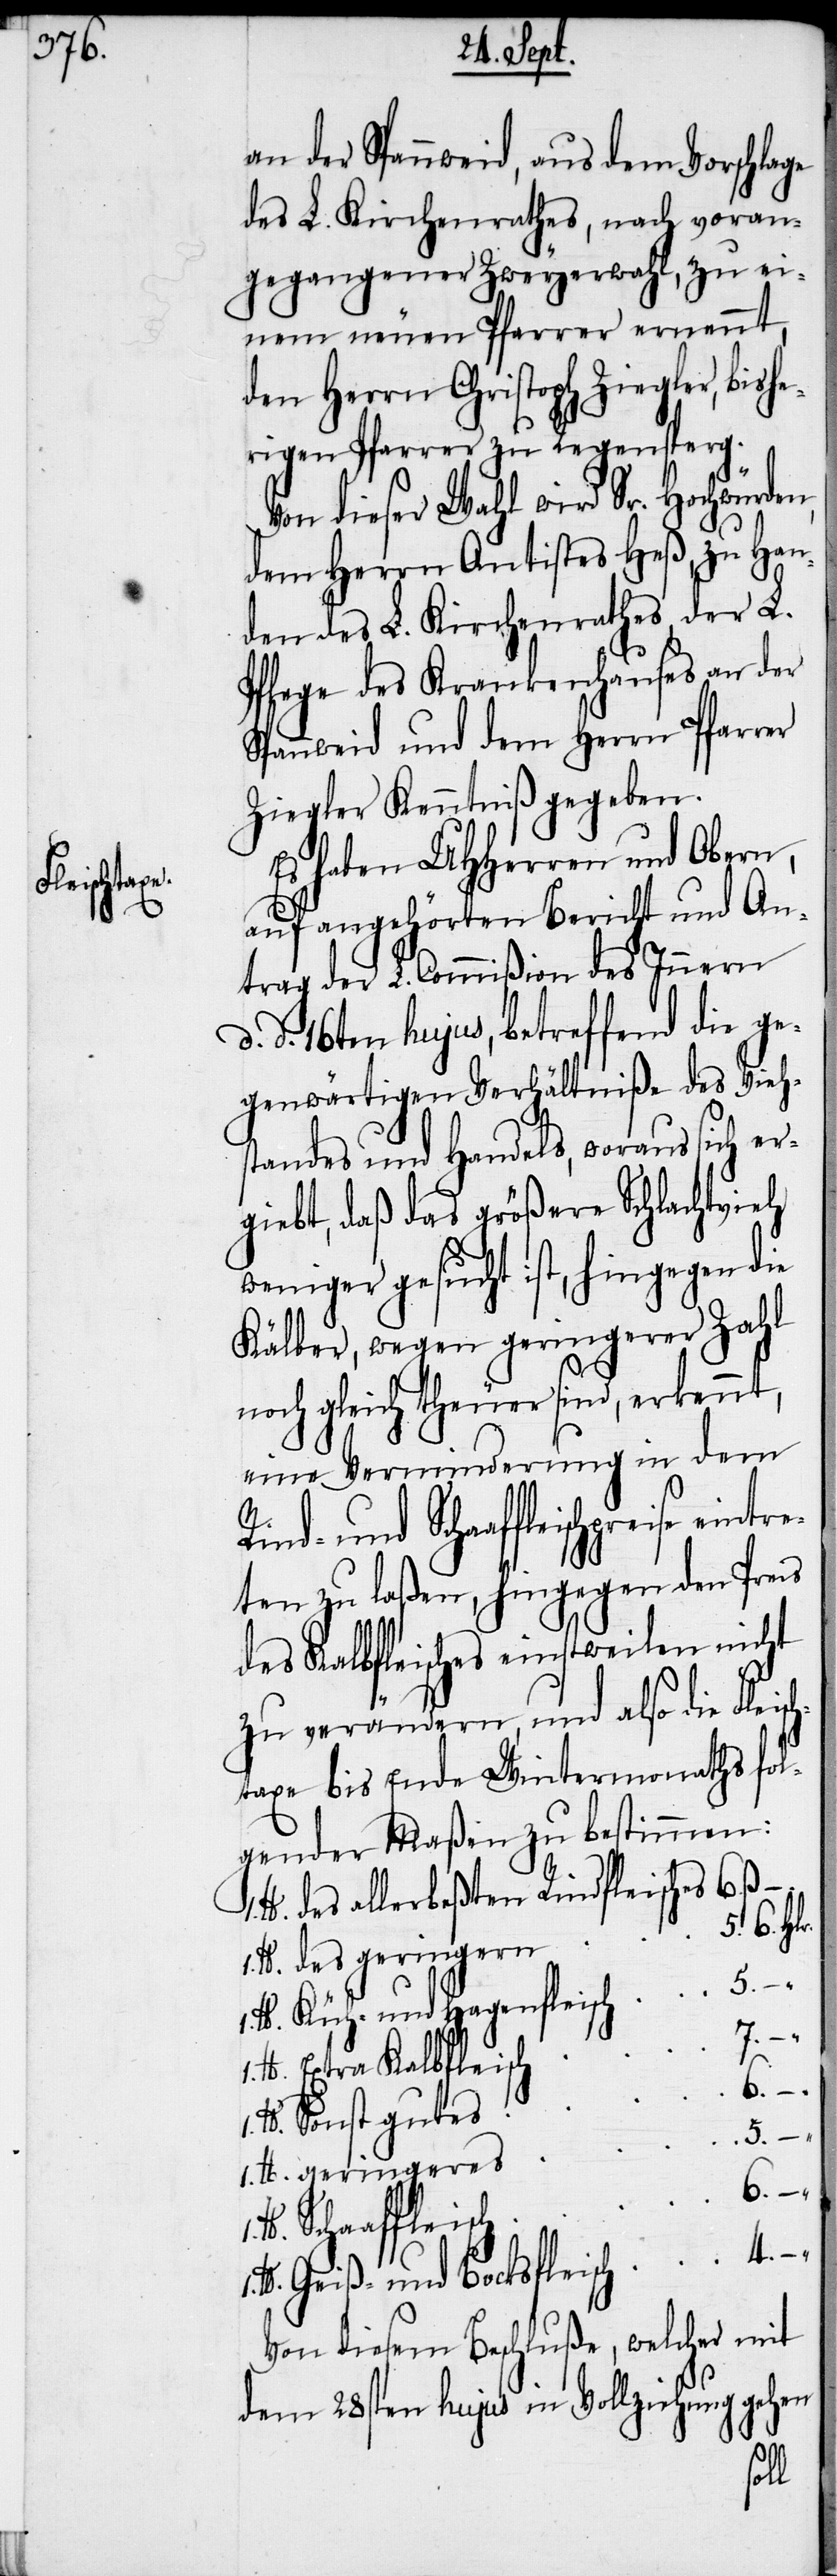
eintre¬

an der Spannweid, aus dem Vorschlage
des L. Kirchenrathes, nach voran¬
gegangener Zweyerwahl, zu ei¬
nem neuen Pfarrer ernennt,
den Herrn Christoph Ziegler, bishe¬
rigen Pfarrer zu Regensperg.
Von dieser Wahl wird Sr. Hochwürde¬
dem Herrn Antistes Heß, zu Han¬
den des L. Kirchenrathes, der L.
Pflege des Krankenhauses an der
Spannweid und dem Herrn Pfarrer
Ziegler Kenntniß gegeben.
Es haben UHHerren und Obern,
auf angehörten Bericht und An¬
trag der L. Commißion des Innern
d. 16ten hujus, betreffend die ge¬
genwärtigen Verhältniße des Vieh¬
standes und Handels, woraus sich er¬
giebt, daß das größere Schlachtvieh
weniger gesucht ist, hingegen die
Kälber, wegen geringerer Zahl
noch gleich theuer sind, erkennt,
eine Verminderung in dem
Rind- und Schaaffleischpreise
ten zu laßen, hingegen den Preis
des Kalbfleisches einstweilen nicht
zu verändern, und also die Flei¬
taxe bis Ende Wintermonaths fol¬
gender Maßen zu bestimmen:
des allberbeßten Rindfleisches
1. lb.
des geringern
Küh- und Hagenfleisch
1. lb.
Extra Kalbfleisch
6.
Sonst gutes
5.
Schaaffleisch
Geiß- und Bocksfleisch
Von diesem Beschluße, welcher mit
dem 28sten hujus in Vollziehung gehen
d.